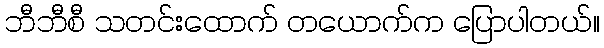
ဘီဘီစီ သတင်းထောက် တယောက်က ပြောပါတယ်။